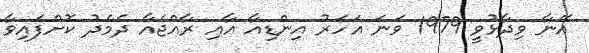
އޭނާ ވިދާޅުވީ 1979 ވަނަ އަހަރު އިންޑިއާ އާއި ރާއްޖެއާ ދެމެދު ކޮށްފައިވާ